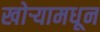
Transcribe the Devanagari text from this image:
खोर्‍यामधून